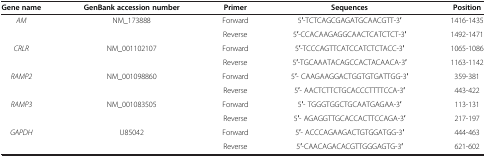
<table><thead><tr><td><b>Gene name</b></td><td><b>GenBank accession number</b></td><td><b>Primer</b></td><td><b>Sequences</b></td><td><b>Position</b></td></tr></thead><tbody><tr><td><i>AM</i></td><td>NM_173888</td><td>Forward</td><td>5′-TCTCAGCGAGATGCAACGTT-3′</td><td>1416-1435</td></tr><tr><td> </td><td> </td><td>Reverse</td><td>5′-CCACAAGAGGCAACTCATCTCT-3′</td><td>1492-1471</td></tr><tr><td><i>CRLR</i></td><td>NM_001102107</td><td>Forward</td><td>5′-TCCCAGTTCATCCATCTCTACC-3′</td><td>1065-1086</td></tr><tr><td> </td><td> </td><td>Reverse</td><td>5′-TGCAAATACAGCCACTACAACA-3′</td><td>1163-1142</td></tr><tr><td><i>RAMP2</i></td><td>NM_001098860</td><td>Forward</td><td>5′- CAAGAAGGACTGGTGTGATTGG-3′</td><td>359-381</td></tr><tr><td> </td><td> </td><td>Reverse</td><td>5′- AACTCTTCTGCACCCTTTTCCA-3′</td><td>443-422</td></tr><tr><td><i>RAMP3</i></td><td>NM_001083505</td><td>Forward</td><td>5′- TGGGTGGCTGCAATGAGAA-3′</td><td>113-131</td></tr><tr><td> </td><td> </td><td>Reverse</td><td>5′- AGAGGTTGCACCACTTCCAGA-3′</td><td>217-197</td></tr><tr><td><i>GAPDH</i></td><td>U85042</td><td>Forward</td><td>5′- ACCCAGAAGACTGTGGATGG-3′</td><td>444-463</td></tr><tr><td> </td><td> </td><td>Reverse</td><td>5′-CAACAGACACGTTGGGAGTG-3′</td><td>621-602</td></tr></tbody></table>